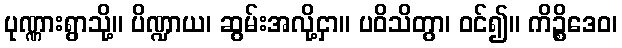
ပုဏ္ဏားရွာသို့။ ပိဏ္ဍာယ၊ ဆွမ်းအလို့ငှာ။ ပဝိသိတွာ၊ ဝင်၍။ ကိဉ္စိဒေဝ၊